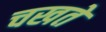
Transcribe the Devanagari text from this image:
चखते